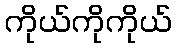
ကိုယ်ကိုကိုယ်